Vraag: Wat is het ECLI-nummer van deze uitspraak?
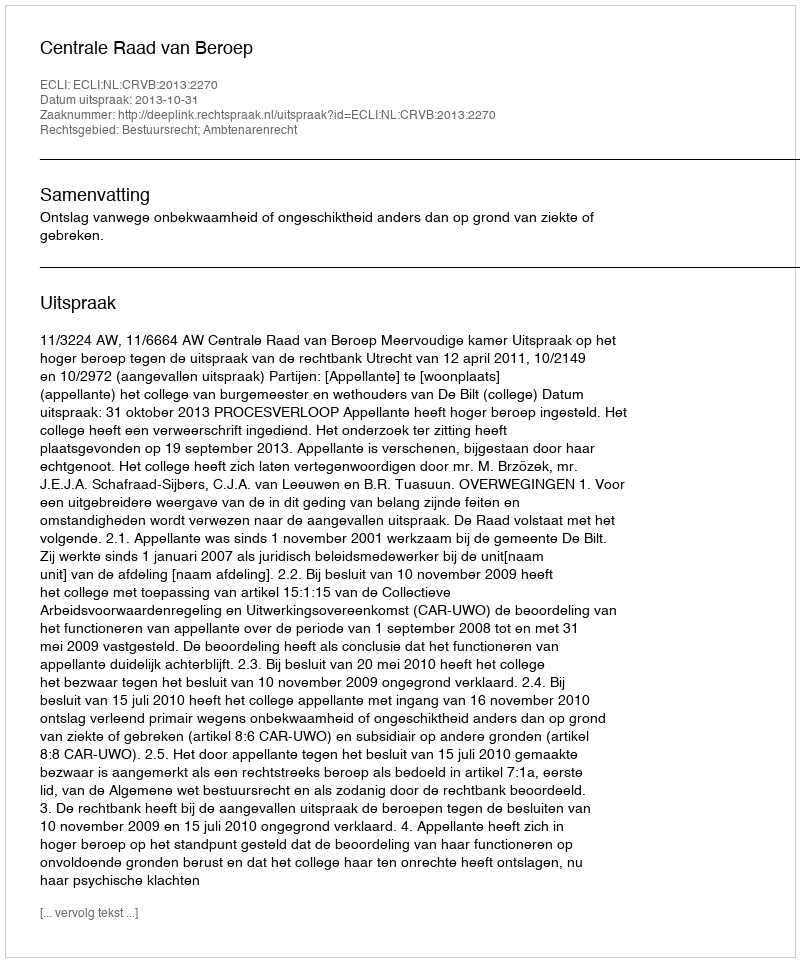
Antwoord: ECLI:NL:CRVB:2013:2270